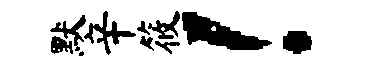
默辛筱！